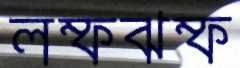
লম্ফঝম্ফ